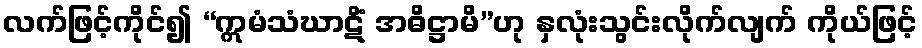
လက်ဖြင့်ကိုင်၍ “ဣမံသံဃာဋိံ အဓိဋ္ဌာမိ”ဟု နှလုံးသွင်းလိုက်လျက် ကိုယ်ဖြင့်